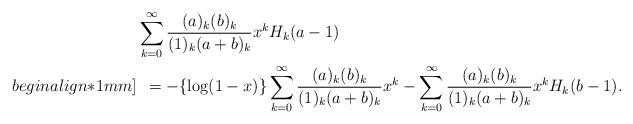
LaTeX: \begin{align*}&\sum_{k=0}^{\infty}\frac{(a)_k(b)_k}{(1)_{k}(a+b)_{k}}x^kH_k(a-1)\\begin{align*}1mm]&\:\:=-\{\log(1-x)\}\sum_{k=0}^{\infty}\frac{(a)_k(b)_k}{(1)_{k}(a+b)_{k}}x^k-\sum_{k=0}^{\infty}\frac{(a)_k(b)_k}{(1)_{k}(a+b)_{k}}x^kH_k(b-1).\end{align*}